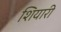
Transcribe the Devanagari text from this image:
शियारी